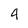
Character: 4